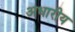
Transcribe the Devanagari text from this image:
अधारीय